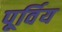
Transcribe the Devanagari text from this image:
पूर्विय